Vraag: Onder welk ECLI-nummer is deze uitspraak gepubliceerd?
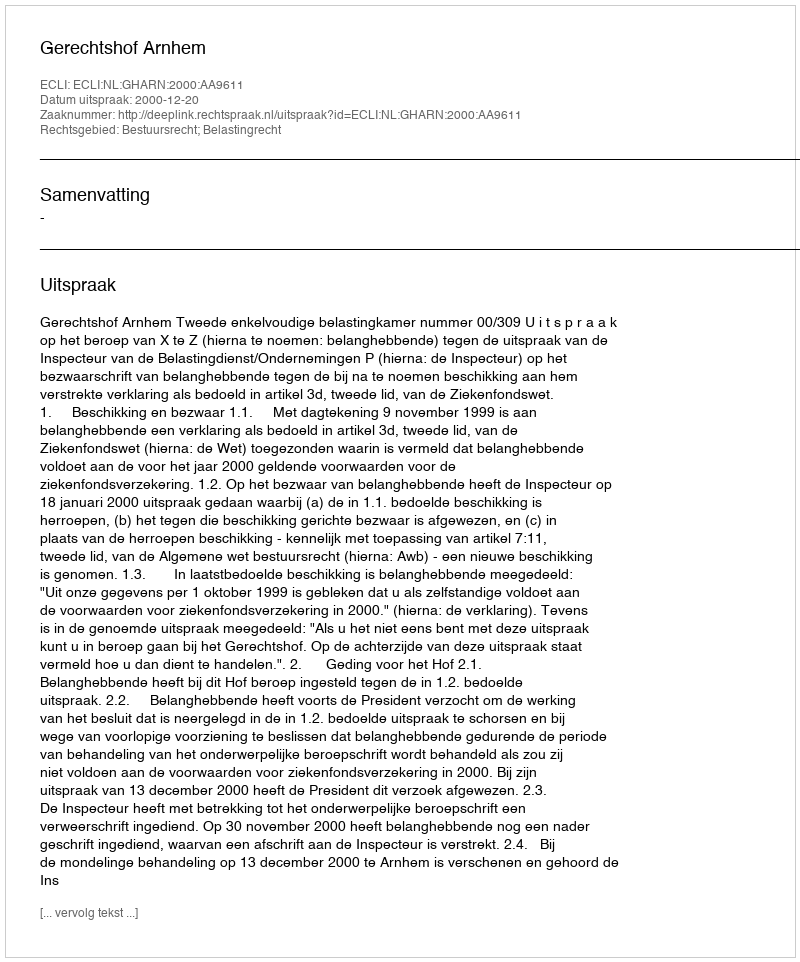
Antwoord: ECLI:NL:GHARN:2000:AA9611